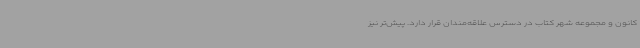
کانون و مجموعه شهر کتاب در دسترس علاقه‌مندان قرار دارد. پیش‌تر نیز